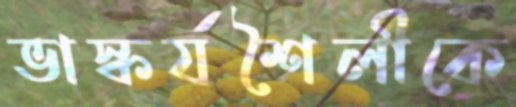
ভাস্কর্যশৈলীকে